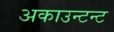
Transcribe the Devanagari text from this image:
अकाउन्टन्ट